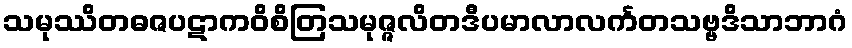
သမုဿိတဓဇပဋာကဝိစိတြသမုဇ္ဇလိတဒီပမာလာလင်္ကတသဗ္ဗဒိသာဘာဂံ